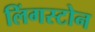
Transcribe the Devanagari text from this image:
लिंगस्टोन